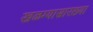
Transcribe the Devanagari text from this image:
खळग्यासारख्या